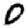
Digit: 0